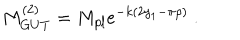
M _ { G U T } ^ { ( 2 ) } = M _ { p l } e ^ { - k ( 2 y _ { 1 } - \pi \rho ) } ~ . ~ \,